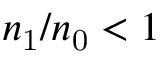
n _ { \mathrm { 1 } } / n _ { \mathrm { 0 } } < 1